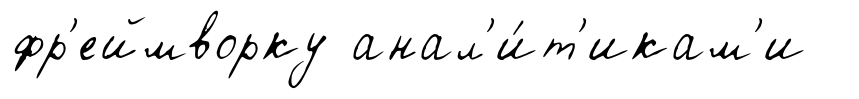
фр'еймворку анал'и́т'икам'и